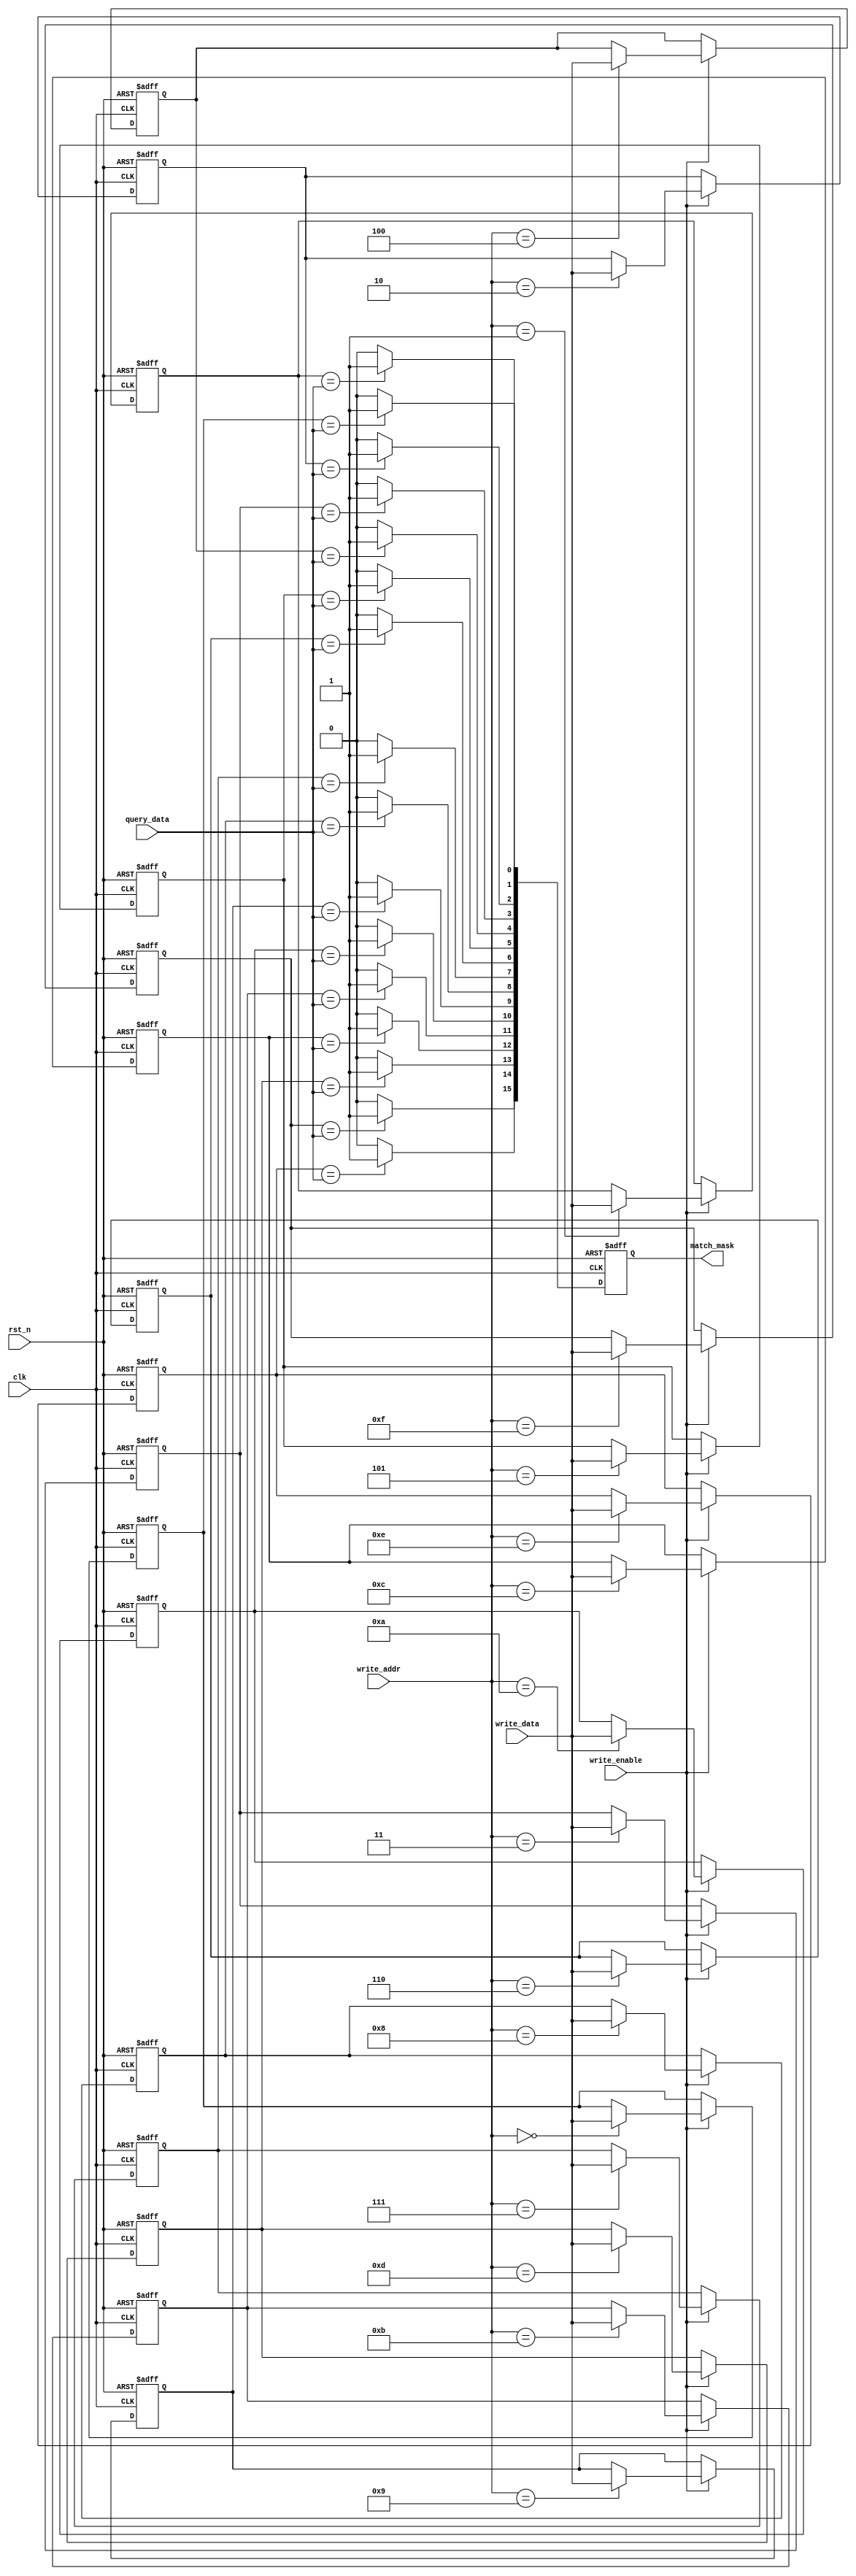
module MultimatchCAM #(
    parameter N = 16, // Number of entries
    parameter M = 8    // Size of each entry in bits
)(
    input wire clk,               // Clock signal
    input wire rst_n,             // Active low reset
    input wire [M-1:0] query_data,// Input data to query
    input wire write_enable,      // Control signal to enable writing
    input wire [M-1:0] write_data,// Data to write into the CAM
    input wire [3:0] write_addr,  // Address for writing data
    output reg [N-1:0] match_mask // Output mask indicating matching entries
);

    // Memory array to hold CAM entries
    reg [M-1:0] cam_memory [0:N-1];

    // Match logic
    integer i;
    always @(posedge clk or negedge rst_n) begin
        if (!rst_n) begin
            match_mask <= 0; // Reset match mask
        end else begin
            // Default match mask to zero
            match_mask <= 0;
            // Compare input query with each entry
            for (i = 0; i < N; i = i + 1) begin
                if (cam_memory[i] == query_data) begin
                    match_mask[i] <= 1'b1; // Set match bit for this entry
                end
            end
        end
    end

    // Write logic
    always @(posedge clk or negedge rst_n) begin
        if (!rst_n) begin
            // Initialize CAM memory to zero
            for (i = 0; i < N; i = i + 1) begin
                cam_memory[i] <= 0;
            end
        end else if (write_enable) begin
            // Write data to specified address
            cam_memory[write_addr] <= write_data;
        end
    end

endmodule